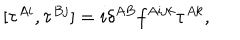
[ \tau ^ { A i } , \tau ^ { B j } ] = i \delta ^ { A B } f ^ { A i j k } \tau ^ { A k } ,